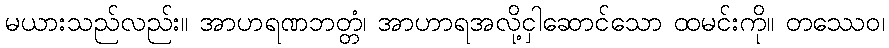
မယားသည်လည်း။ အာဟရဏဘတ္တံ၊ အာဟာရအလို့ငှါဆောင်သော ထမင်းကို။ တဿေဝ၊